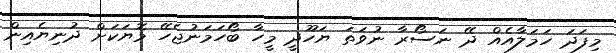
މިފަދަ ހަމަލާއެއް ދޭ ނަސޯރާ ނުވަތަ ޔަހޫދީ މީހާ ބޯހަމަނުޖެހޭ މޮޔަކަށް ދުނިޔެއިން